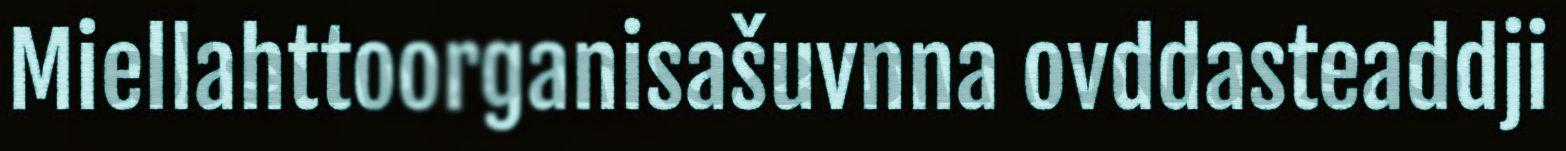
Miellahttoorganisašuvnna ovddasteaddji